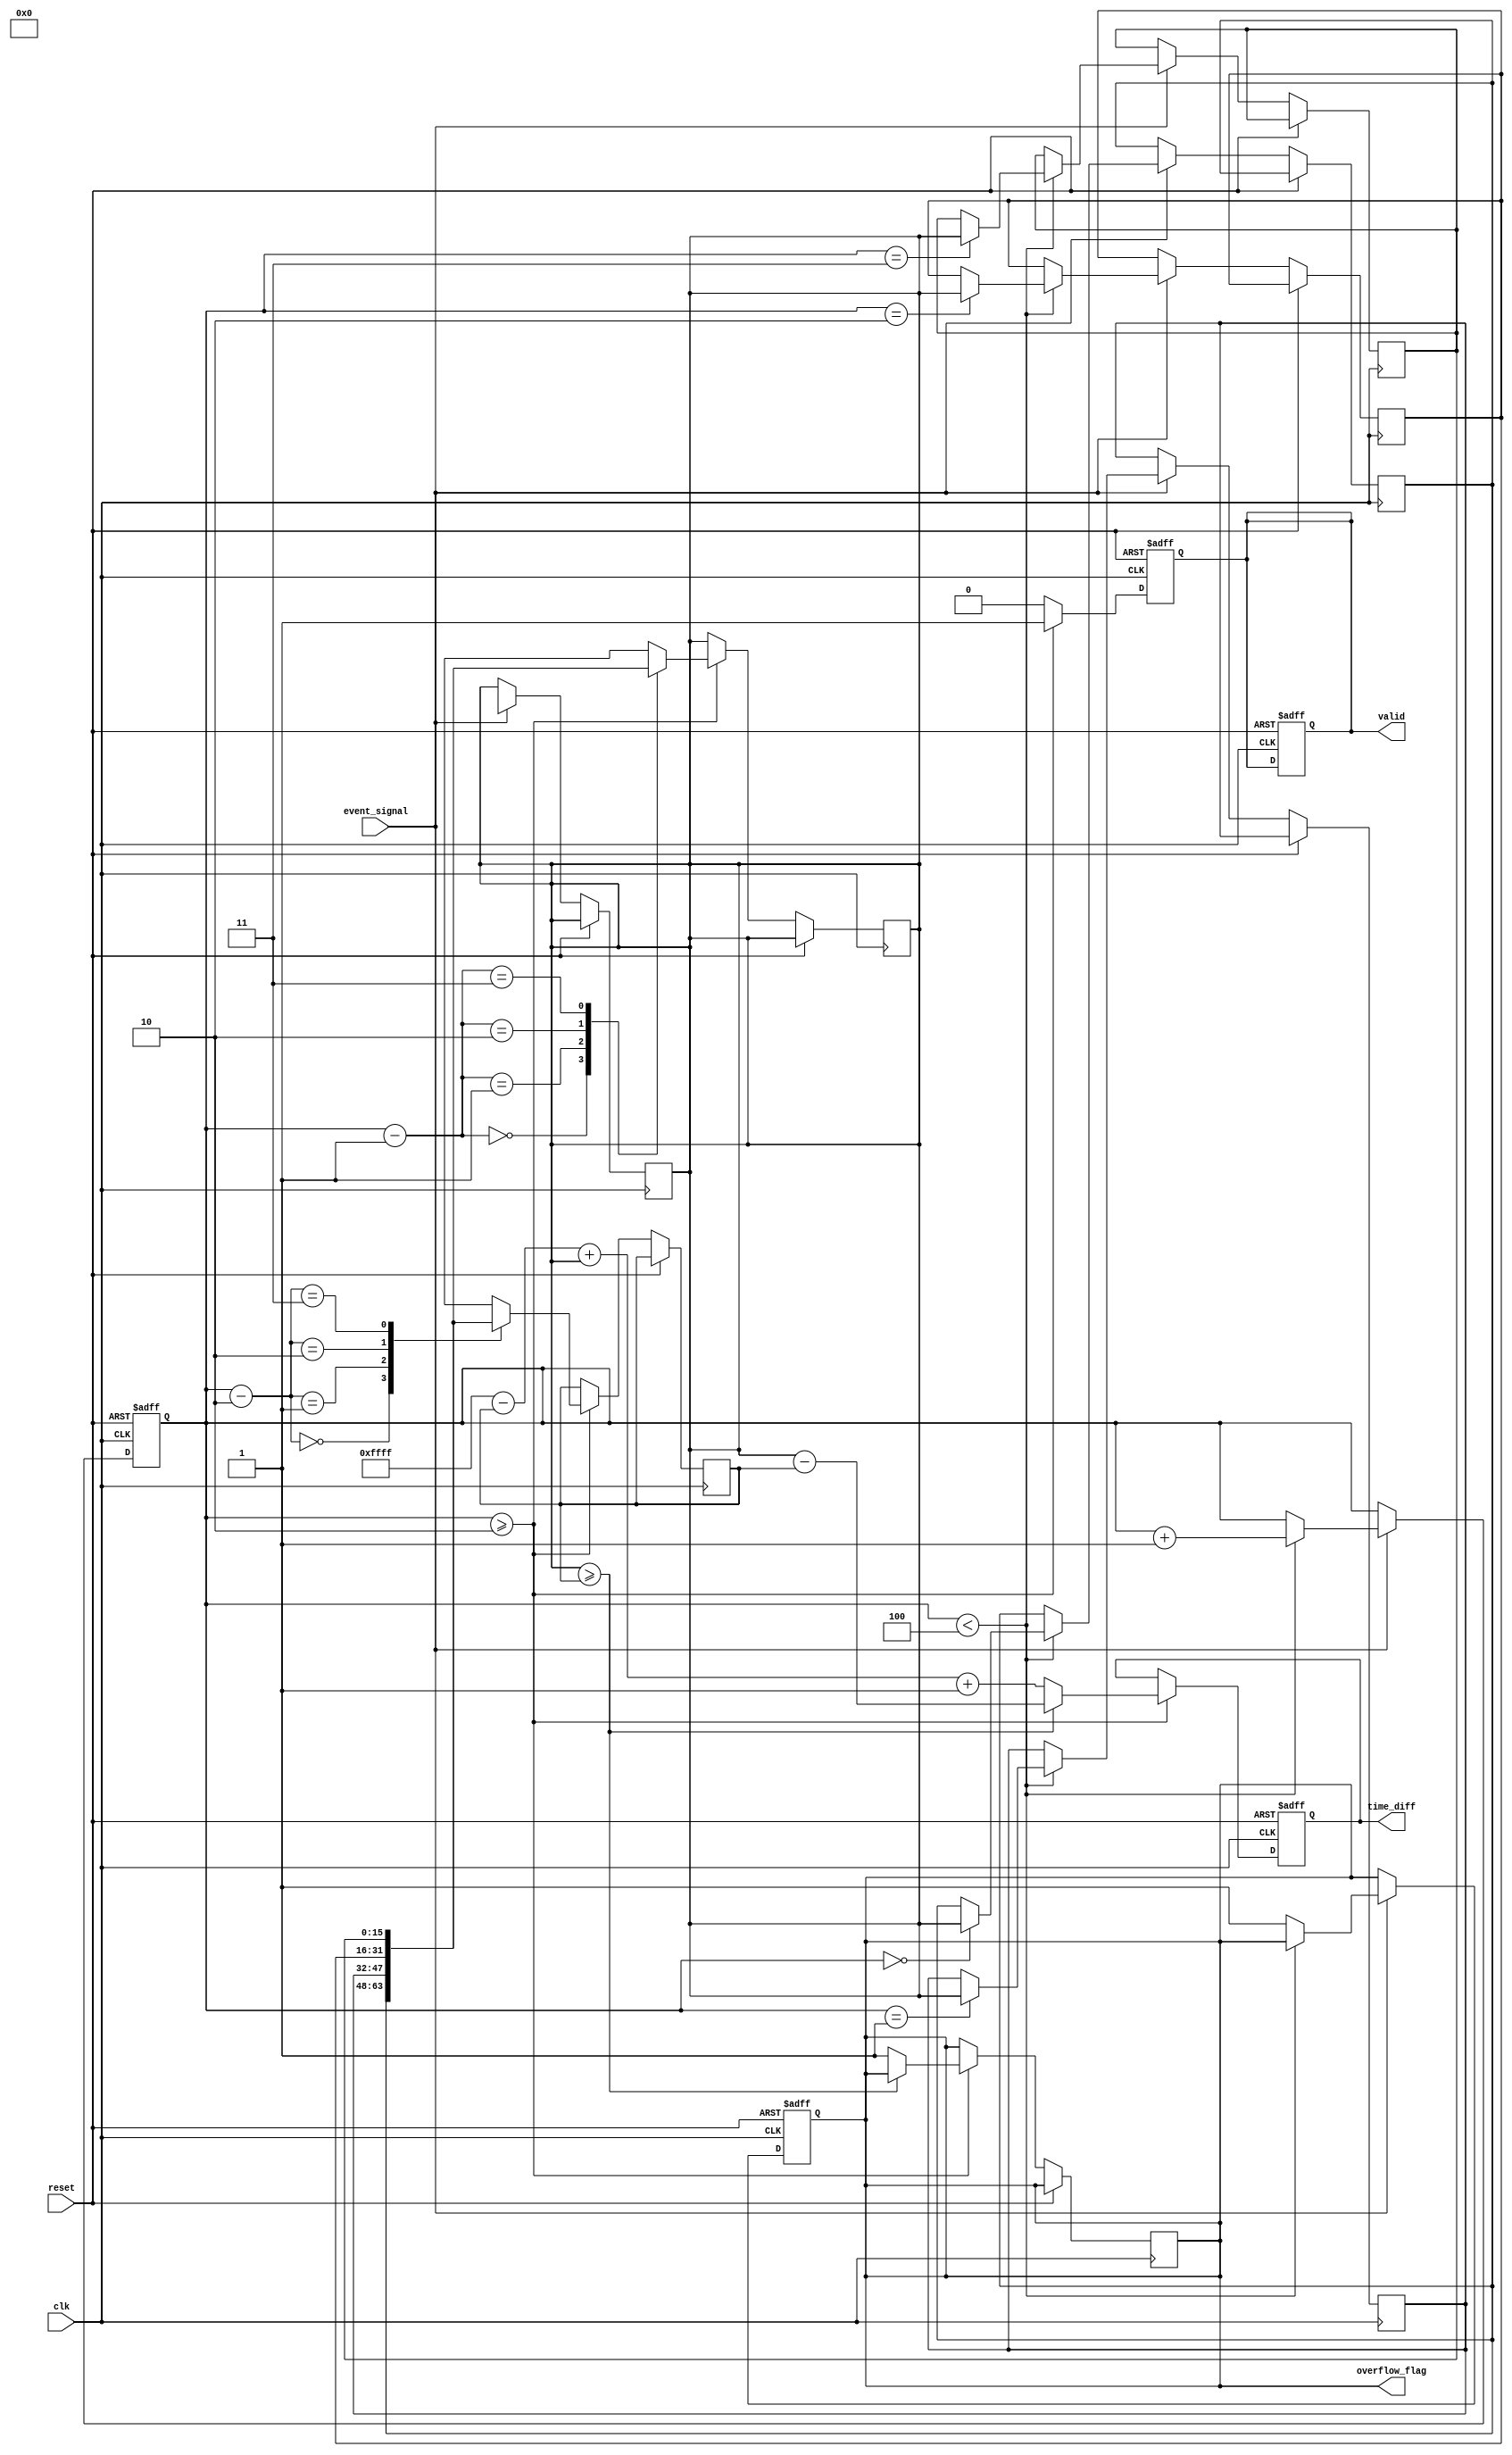
module TDC (
    input wire clk,                // System clock
    input wire reset,              // Asynchronous reset
    input wire event_signal,       // Input event signal
    output reg [15:0] time_diff,   // Output time difference
    output reg overflow_flag,       // Overflow flag
    output reg valid               // Valid output signal
);

    // Parameters
    parameter MAX_TIMESTAMP = 16'hFFFF; // Maximum timestamp value
    parameter MEM_SIZE = 4;              // Number of timestamps to store

    // Internal signals
    reg [15:0] timestamp_mem [0:MEM_SIZE-1]; // Timestamp memory
    reg [1:0] event_count;                   // Count of detected events
    reg [15:0] last_timestamp;               // Last captured timestamp
    reg [15:0] current_timestamp;            // Current captured timestamp

    // Event detection logic
    always @(posedge clk or posedge reset) begin
        if (reset) begin
            event_count <= 0;
            valid <= 0;
            overflow_flag <= 0;
        end else if (event_signal) begin
            // Capture current timestamp
            current_timestamp <= $time; // Replace with actual timestamp logic
            if (event_count < MEM_SIZE) begin
                timestamp_mem[event_count] <= current_timestamp;
                event_count <= event_count + 1;
            end else begin
                // Handle overflow in memory
                overflow_flag <= 1;
            end
        end
    end

    // Time difference calculation logic
    always @(posedge clk or posedge reset) begin
        if (reset) begin
            time_diff <= 0;
            valid <= 0;
        end else if (event_count >= 2) begin
            last_timestamp <= timestamp_mem[event_count - 2];
            current_timestamp <= timestamp_mem[event_count - 1];
            if (current_timestamp >= last_timestamp) begin
                time_diff <= current_timestamp - last_timestamp;
            end else begin
                // Handle overflow in time difference
                time_diff <= (MAX_TIMESTAMP - last_timestamp) + current_timestamp + 1;
                overflow_flag <= 1;
            end
            valid <= 1; // Indicate valid output
        end else begin
            valid <= 0; // No valid output until two events are captured
        end
    end

endmodule